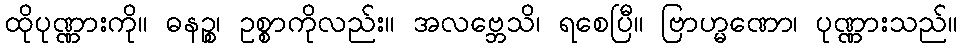
ထိုပုဏ္ဏားကို။ ဓနဉ္စ၊ ဥစ္စာကိုလည်း။ အလဗ္ဘေသိ၊ ရစေပြီ။ ဗြာဟ္မဏော၊ ပုဏ္ဏားသည်။